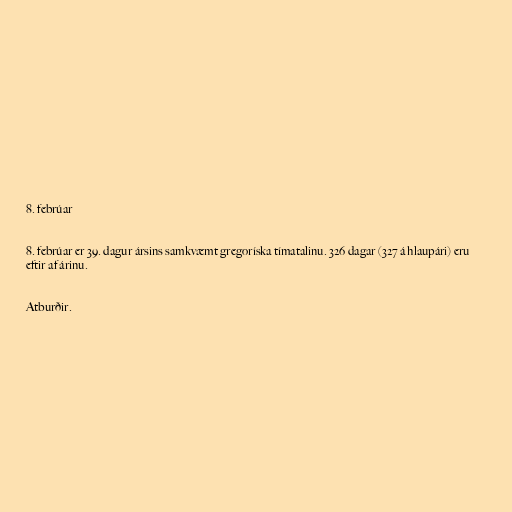
8. febrúar

8. febrúar er 39. dagur ársins samkvæmt gregoríska tímatalinu. 326 dagar (327 á hlaupári) eru
eftir af árinu.

Atburðir.